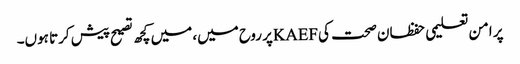
پر امن تعلیمی حفظان صحت کیKAEFپر روح میں، میں کچھ تصیح پیش کرتا ہوں۔